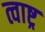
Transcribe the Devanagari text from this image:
त्वाष्ट्र